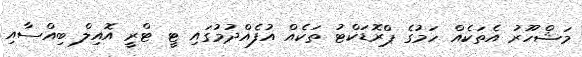
މަޝްހޫރު އެތަކެއް ހަމުގެ ޕްރޮޑަކްޓު ތަކެއް އުފެއްދުމުގައި ޓީ ޓްރީ އޮއިލް ބިއްސާއި